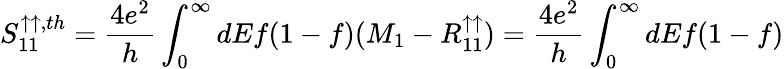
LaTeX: {S_{11}^{\uparrow\uparrow,th}}=\frac{4e^{2}}{h}\int_{0}^{\infty}dEf(1-f)(M_{1}-R_{11}^{\uparrow\uparrow})=\frac{4e^{2}}{h}\int_{0}^{\infty}dEf(1-f)